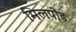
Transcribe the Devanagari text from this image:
मिलपोंड